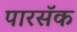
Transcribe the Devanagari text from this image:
पारसॅक